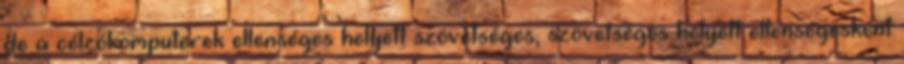
de a célzókomputerek ellenséges helyett szövetséges, szövetséges helyett ellenségesként